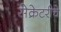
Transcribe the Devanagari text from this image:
सेक्रेटरीचे